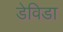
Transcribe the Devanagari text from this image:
डेविडा